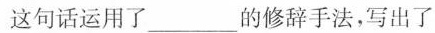
这句话运用了___的修辞手法，写出了